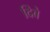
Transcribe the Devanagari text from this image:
दिबे